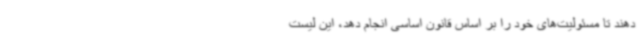
دهند تا مسئولیت‌های خود را بر اساس قانون اساسی انجام دهد، این لیست